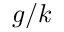
g / k